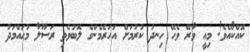
ކޮއްކޯއެވެ! މިއީ ވާރޭ ވެހޭ ހިނދު ކުރުމަށް އަހަރެމެންގެ ލޮބުވެތި ރަސޫލާ މުޙައްމަދު